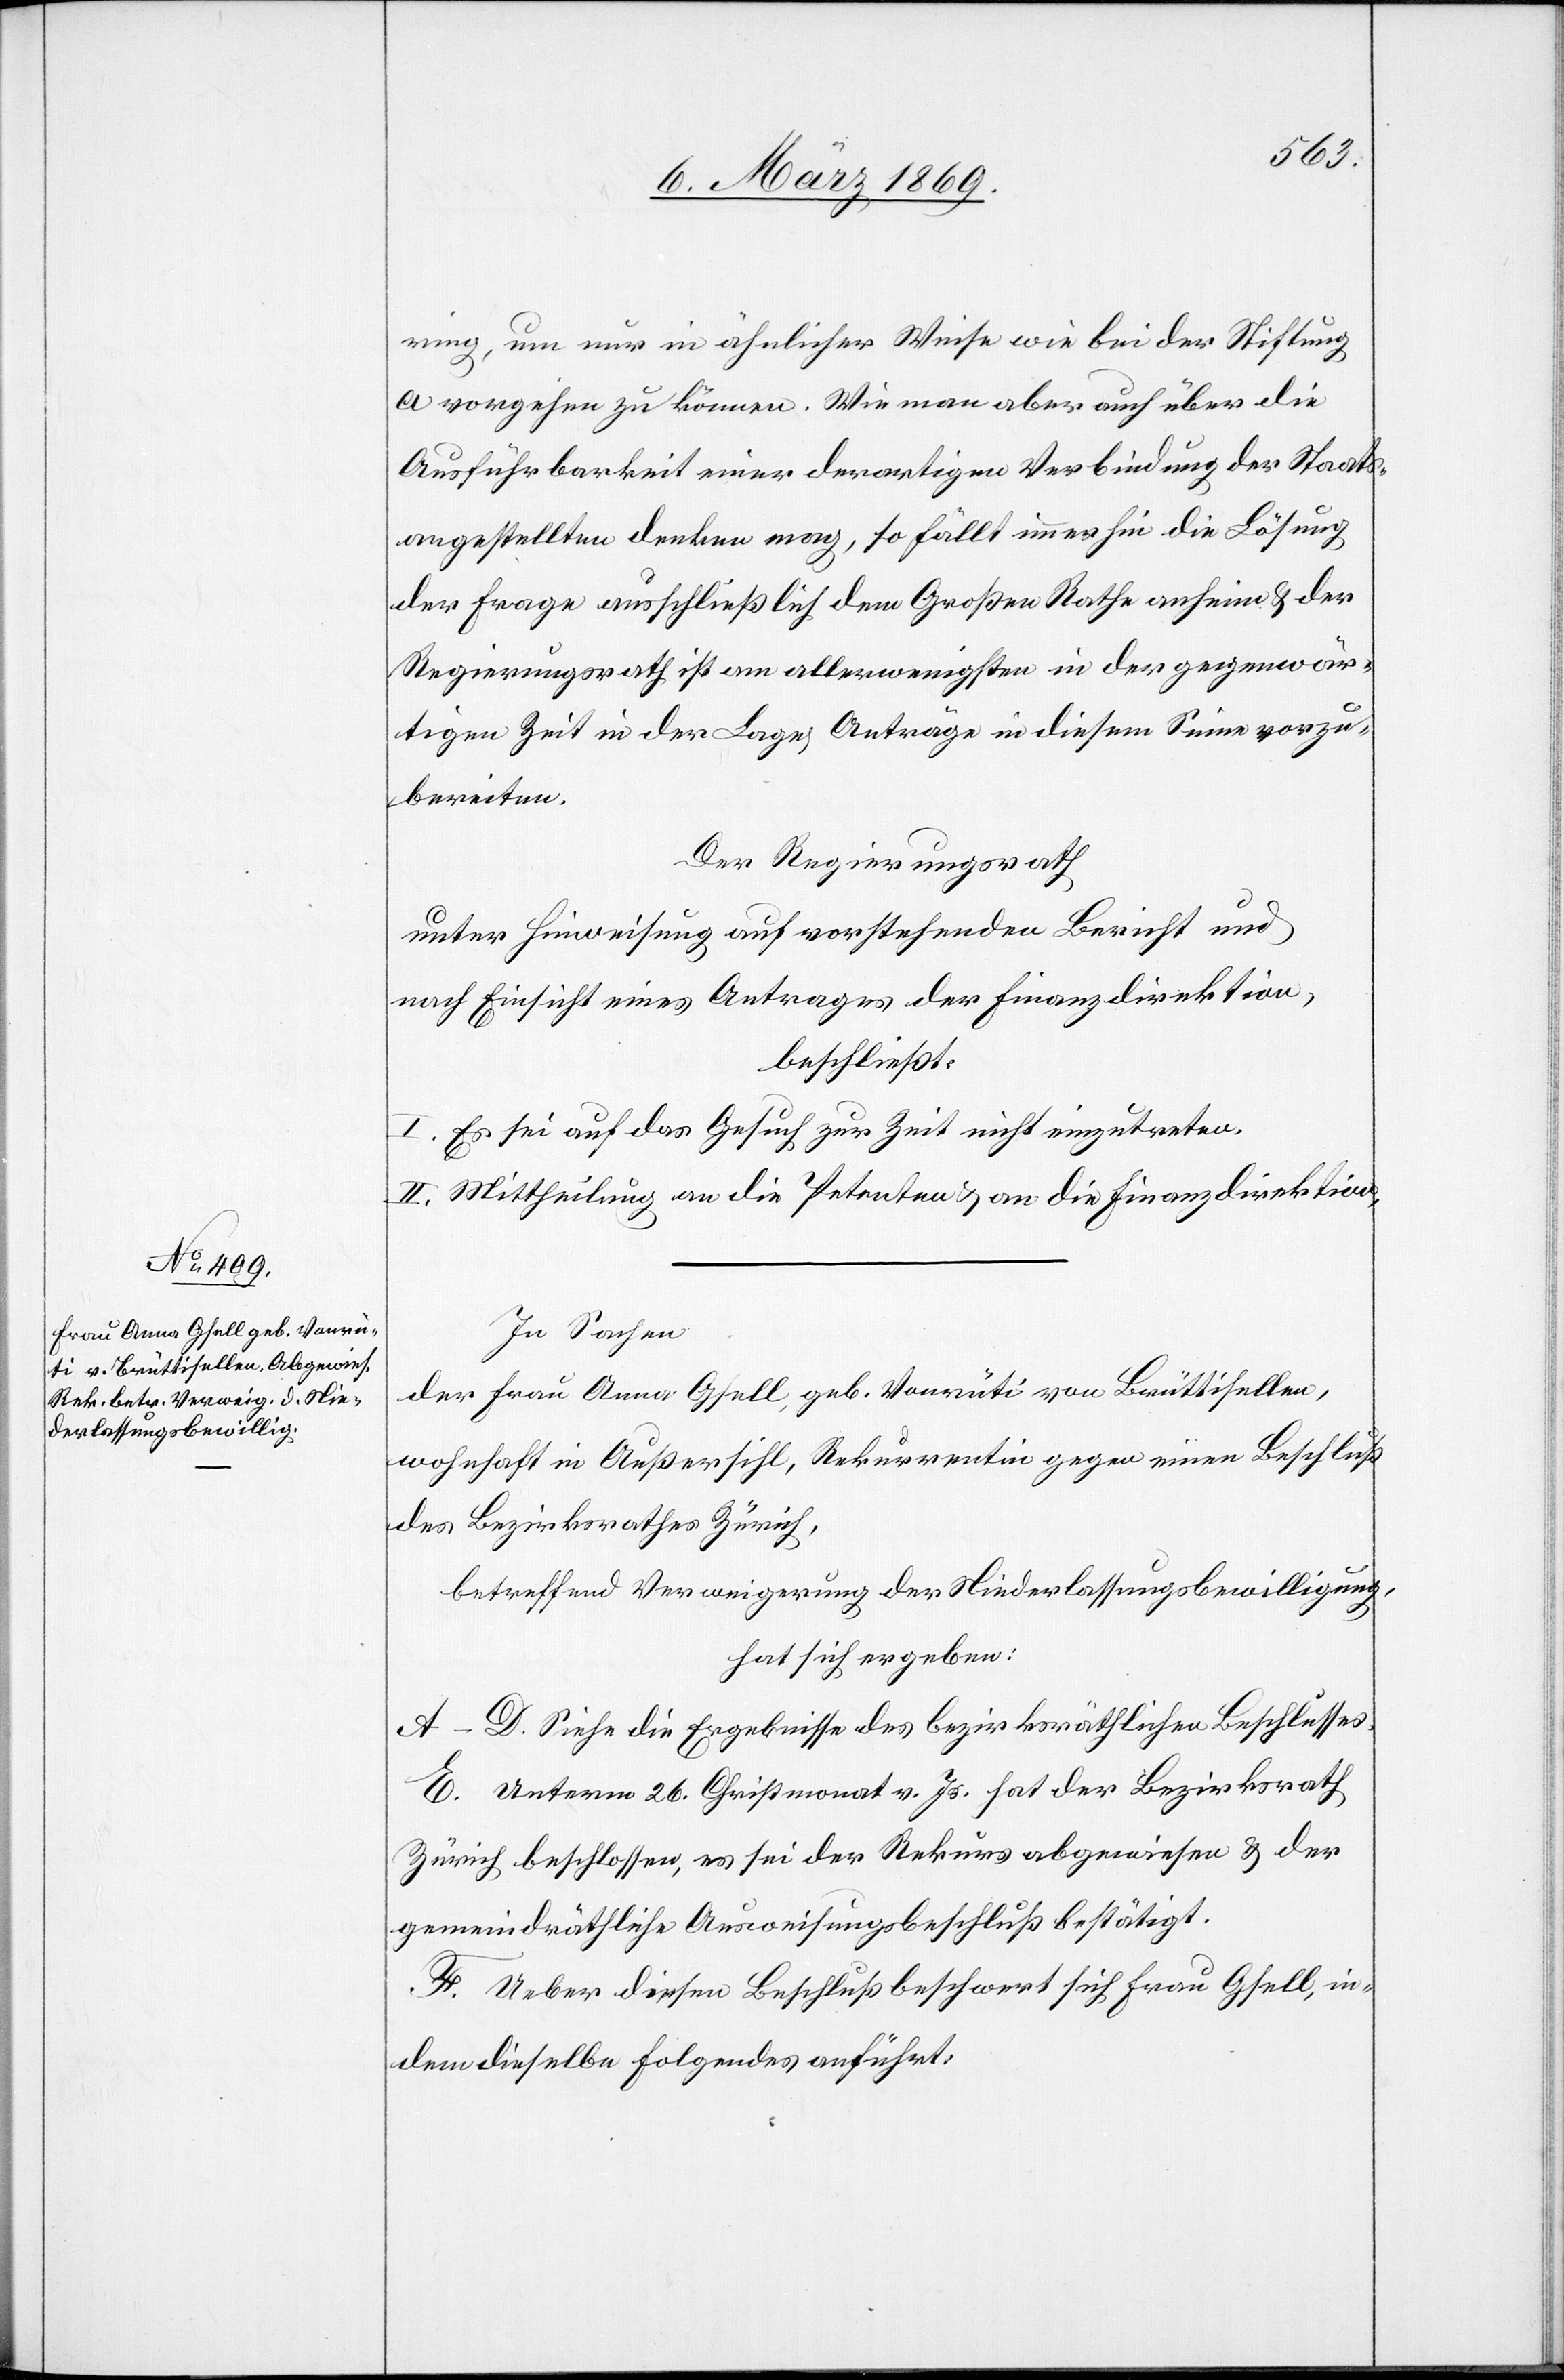
ring, um nur in ähnlicher Weise wie bei der Stiftung
a vorgehen zu können. Wie man aber auch über die
Ausführbarkeit einer derartigen Verbindung der Staats¬
angestellten denken mag, so fällt immerhin die Lösung
der Frage ausschließlich dem Großen Rathe anheim & der
Regierungsrath ist am allerwenigsten in der gegenwär¬
tigen Zeit in der Lage Anträge in diesem Sinne vorzu¬
bereiten.
Der Regierungsrath,
unter Hinweisung auf vorstehenden Bericht und
nach Einsicht eines Antrages der Finanzdirektion,
beschließt:
I. Es sei auf das Gesuch zur Zeit nicht einzutreten.
II. Mittheilung an die Petenten & an die Finanzdirektion.
In Sachen
der Frau Anna Gfell, geb. Vonrüti von Brüttisellen,
wohnhaft in Außersihl, Rekurrentin gegen einen Beschluß
des Bezirksrathes Zürich,
betreffend Verweigerung der Niederlassungsbewilligung,
hat sich ergeben:
A–D. Siehe die Ergebnisse des bezirksräthlichen Beschlusses.
E. Unterm 26. Christmonat v. Js. hat der Bezirksrath
Zürich beschlossen, es sei der Rekurs abgewiesen u. der
gemeindräthliche Ausweisungsbeschluß bestätigt.
F. Ueber diesen Beschluß beschwert sich Frau Gfell, in¬
dem dieselbe Folgendes anführt: